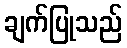
ချက်ပြုသည်